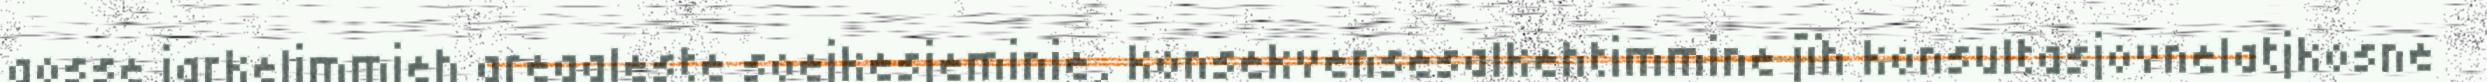
gosse jarkelimmieh areaaleste soejkesjeminie, konsekvensesalkehtimmine jïh konsultasjovnelatjkosne